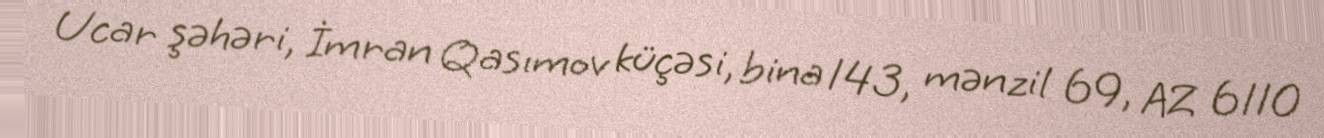
Ucar şəhəri, İmran Qasımov küçəsi, bina 143, mənzil 69, AZ 6110